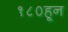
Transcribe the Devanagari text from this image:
१८०हून